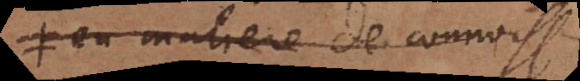
matiere de connoissances,